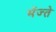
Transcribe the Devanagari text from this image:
भेंज्ते